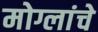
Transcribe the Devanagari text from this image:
मोग्लांचे